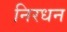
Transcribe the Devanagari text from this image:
निरधन